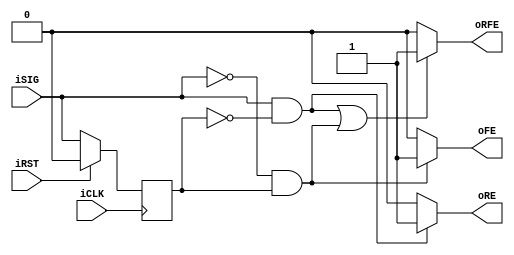
module edgedetect (
    input iCLK      ,
    input iRST      ,
    input iSIG      ,
    output wire oRE ,
    output wire oFE ,
    output wire oRFE
);

parameter registered = "FALSE";

reg delay;

wire re;
wire fe;
wire rfe;


always @(posedge iCLK)
begin
    if (iRST)
    begin
        delay <= 1'b0;
    end
    else
    begin
        delay <= iSIG;
    end
end


// Edge detect logic
assign re   = (iSIG && !delay) ? 1'b1 : 1'b0;
assign fe   = (!iSIG && delay) ? 1'b1 : 1'b0;
assign rfe  = ((iSIG && !delay) || (!iSIG && delay)) ? 1'b1 : 1'b0;


// Register edge detect pulses
reg re_reg, fe_reg, rfe_reg;
always @(posedge iCLK)
begin
    if (iRST)
    begin
        re_reg     <= 1'b0;
        fe_reg     <= 1'b0;
        rfe_reg    <= 1'b0;
    end
    else
    begin
        re_reg     <= re;
        fe_reg     <= fe;
        rfe_reg    <= rfe;
    end
end


// MUX either the combination or registered edge detect pulses to the outputs
assign oRE =    (registered == "TRUE") ? re_reg  : re ;
assign oFE =    (registered == "TRUE") ? fe_reg  : fe ;
assign oRFE =   (registered == "TRUE") ? rfe_reg : rfe;


endmodule